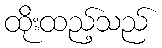
ထိုးထည့်သည်